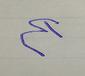
Signature authenticity: forged